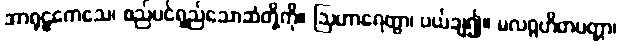
အာရုဠကေသေ၊ စည်ပင်ရှည်သောဆံတို့ကို။ ဩဟာရေတွာ၊ ပယ်ချ၍။ မလဂ္ဂဟိတပတ္တာ၊